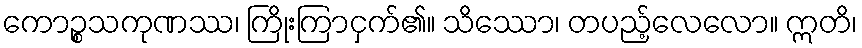
ကောဉ္စသကုဏဿ၊ ကြိုးကြာငှက်၏။ သိဿော၊ တပည့်လေလော။ ဣတိ၊